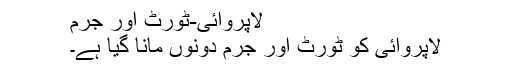
لاپروائی-ٹورٹ اَور جرم
لاپروائی کو ٹورٹ اَور جرم دونوں مانا گیا ہے۔